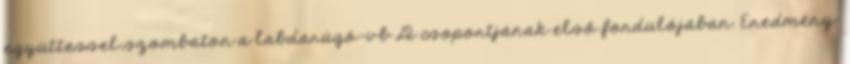
együttessel szombaton a labdarúgó-vb D csoportjának első fordulójában. Eredmény: